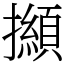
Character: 㩪